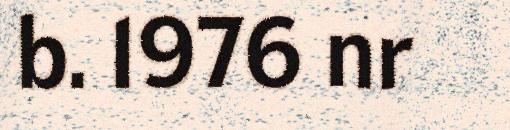
b. 1976 nr